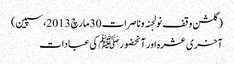
(گلشن وقف نولجنہ وناصرات 30 مارچ 2013،سپین)
آخری عشرہ اور آنحضورﷺ کی عبادات